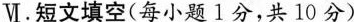
Ⅵ.短文填空(每小题1分,共 10 分)